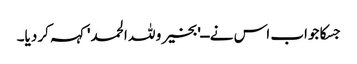
جسکا جواب اس نے ــ'بخیر و للہ الحمد' کہہ کر دیا۔